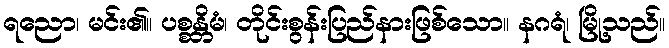
ရညော၊ မင်း၏။ ပစ္စန္တိမံ၊ တိုင်းစွန်းပြည်နားဖြစ်သော။ နဂရံ၊ မြို့သည်။